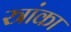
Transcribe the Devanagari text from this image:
स्त्रांका